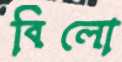
বিলো